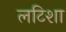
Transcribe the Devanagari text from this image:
लटिशा